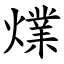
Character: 㸁